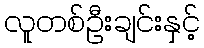
လူတစ်ဦးချင်းနှင့်